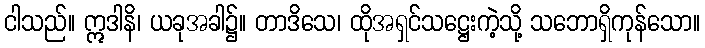
ငါသည်။ ဣဒါနိ၊ ယခုအခါ၌။ တာဒိသေ၊ ထိုအရှင်သဋ္ဌေးကဲ့သို့ သဘောရှိကုန်သော။